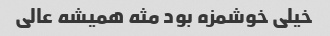
خیلی خوشمزه بود مثه همیشه عالی